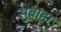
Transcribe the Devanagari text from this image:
सुबाहा